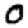
Digit: 0